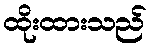
ထိုးထားသည်